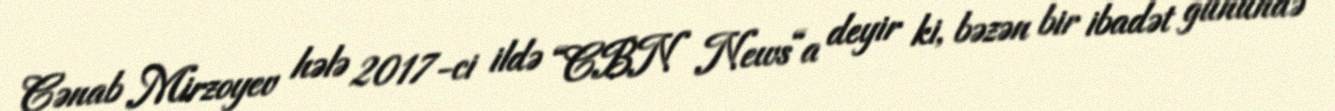
Cənab Mirzoyev hələ 2017-ci ildə “CBN News“a deyir ki, bəzən bir ibadət günündə